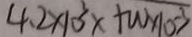
4 . 2 \times 1 0 ^ { 3 } x + w x 1 0 - 3